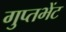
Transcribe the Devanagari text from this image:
गुप्तभेंट